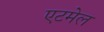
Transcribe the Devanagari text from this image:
एटमेल